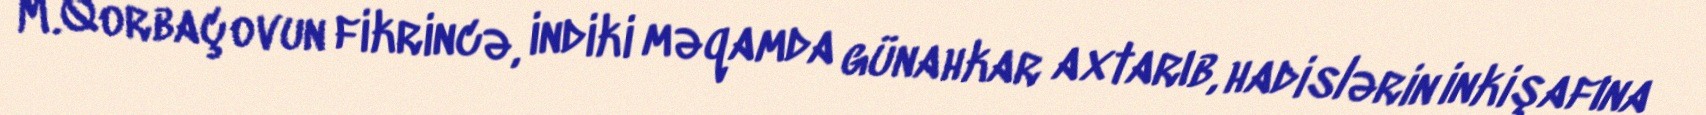
M.Qorbaçovun fikrincə, indiki məqamda günahkar axtarıb, hadislərin inkişafına